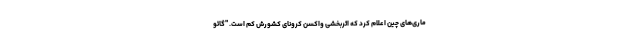
ماری‌های چین اعلام کرد که اثربخشی واکسن کرونای کشورش کم است. "گائو